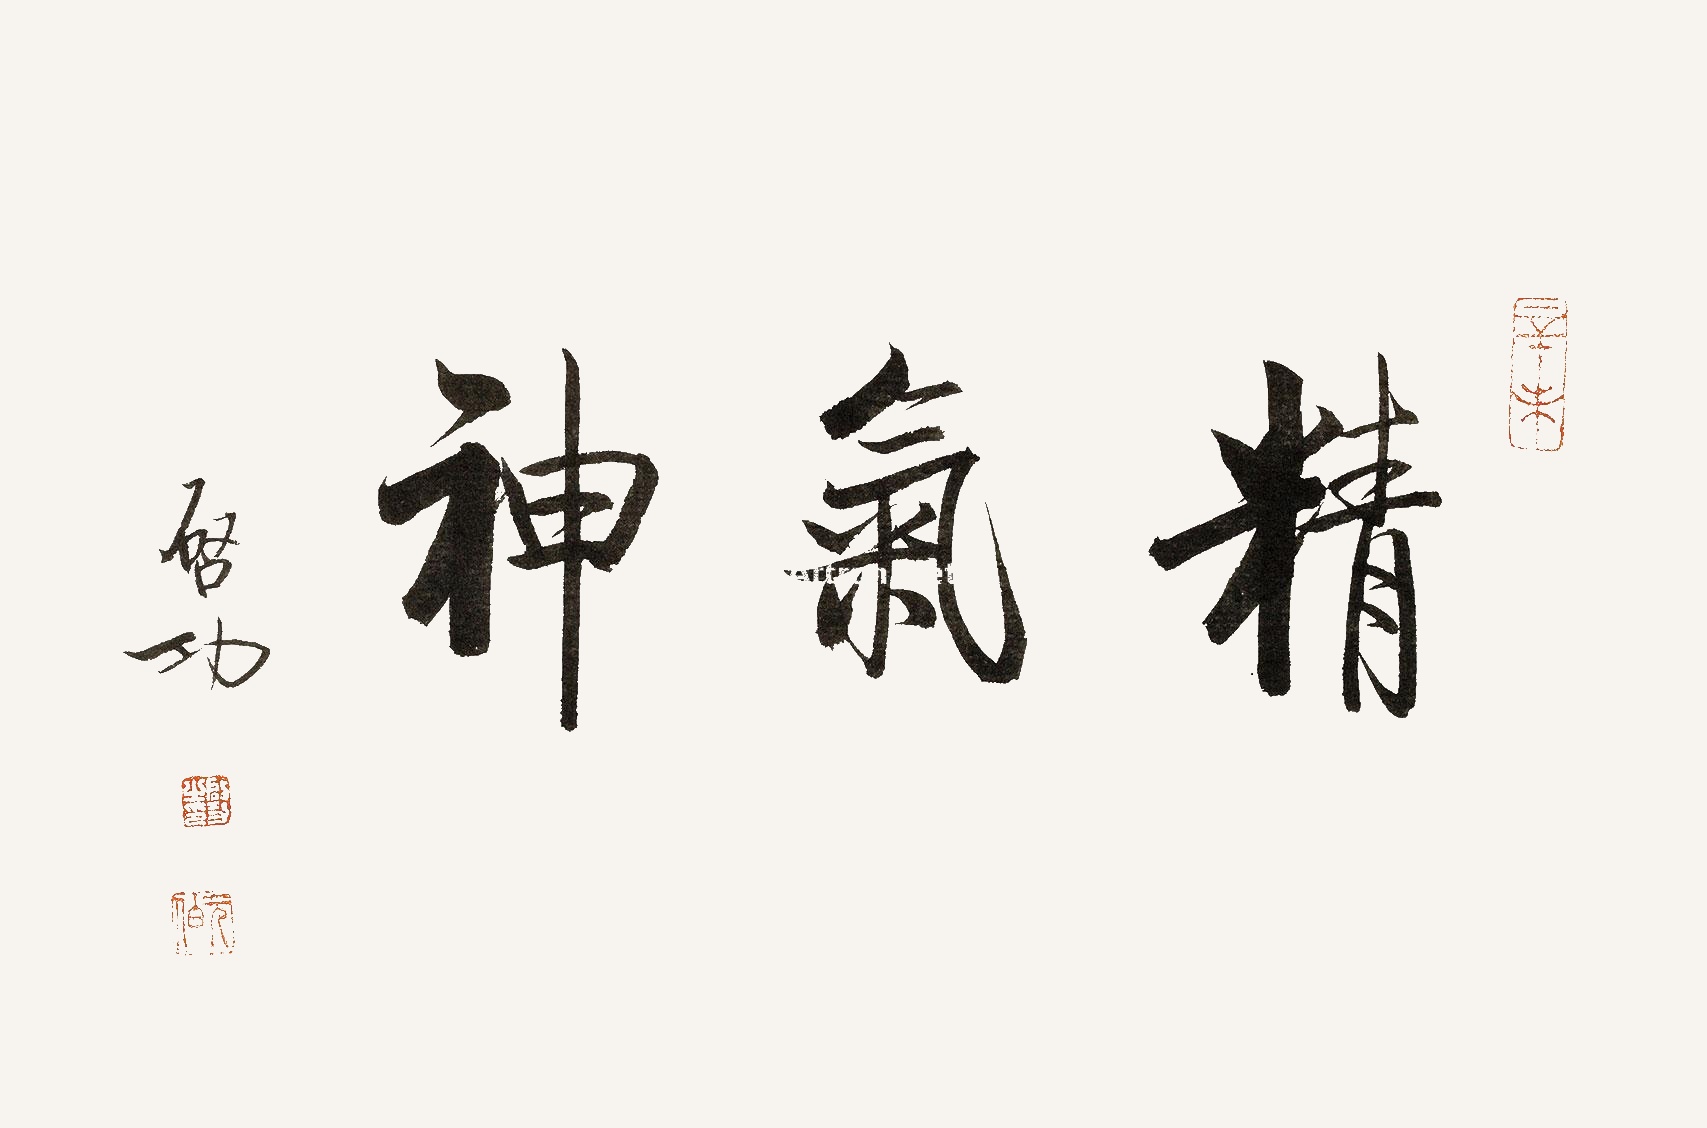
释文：精气神。启功。